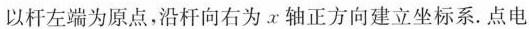
以杆左端为原点，沿杆向右为x轴正方向建立坐标系。点电